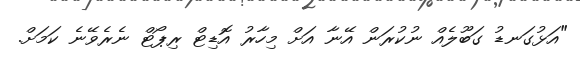
"އަޅުގަނޑު ގަބޫލެއް ނުކުރަން އޭނާ އަށް މިހާރު އޮޑިޓް ރިޕޯޓް ނެރެވޭނެ ކަމަށް.